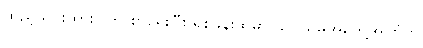
ထည့်သွင်းထားပါက စာရေးပြီး ရဲစခန်းထဲမှာ သင်ယူမှုအတွေ့အကြုံကို